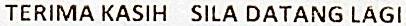
TERIMA KASIH SILA DATANG LAGI